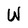
Character: W